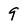
Character: 9